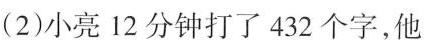
(2)小亮12分钟打了432个字，他